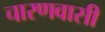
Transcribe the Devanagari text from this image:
चारणवासी